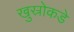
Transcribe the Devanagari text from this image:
खुस्रोकडे